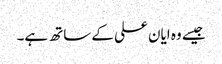
جیسے وہ ایان علی کے ساتھ ہے۔